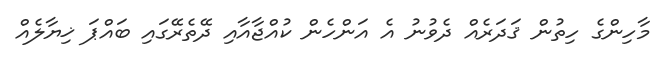
މާހިންގެ ހިތުން ޤަދަރެއް ދެވުނު އެ އަންހެން ކުއްޖާއާއި ދޭތެރޭގައި ބައްޕަ ޚިޔާލެއް